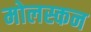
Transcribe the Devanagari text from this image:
मोलस्कन